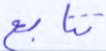
تتابع